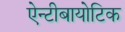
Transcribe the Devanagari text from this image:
ऐन्टीबायोटिक